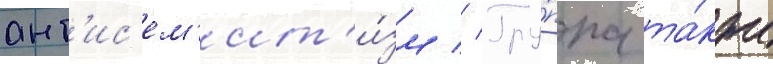
ант'ис'ем'ит'и́зм // Гру́ппа та́кже